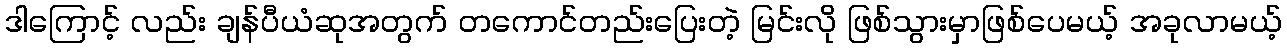
ဒါကြောင့် လည်း ချန်ပီယံဆုအတွက် တကောင်တည်းပြေးတဲ့ မြင်းလို ဖြစ်သွားမှာဖြစ်ပေမယ့် အခုလာမယ့်